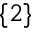
\{ 2 \}